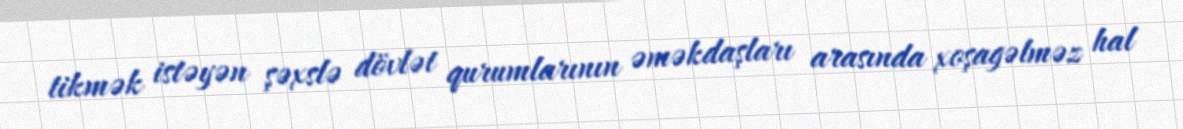
tikmək istəyən şəxslə dövlət qurumlarının əməkdaşları arasında xoşagəlməz hal